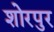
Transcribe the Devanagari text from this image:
शोरपुर